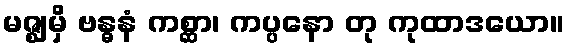
မဇ္ဈမှိ ဗန္ဓနံ ကစ္ဆာ၊ ကပ္ပနော တု ကုထာဒယော။